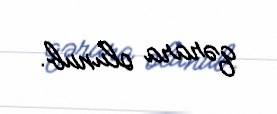
qərara olunub.